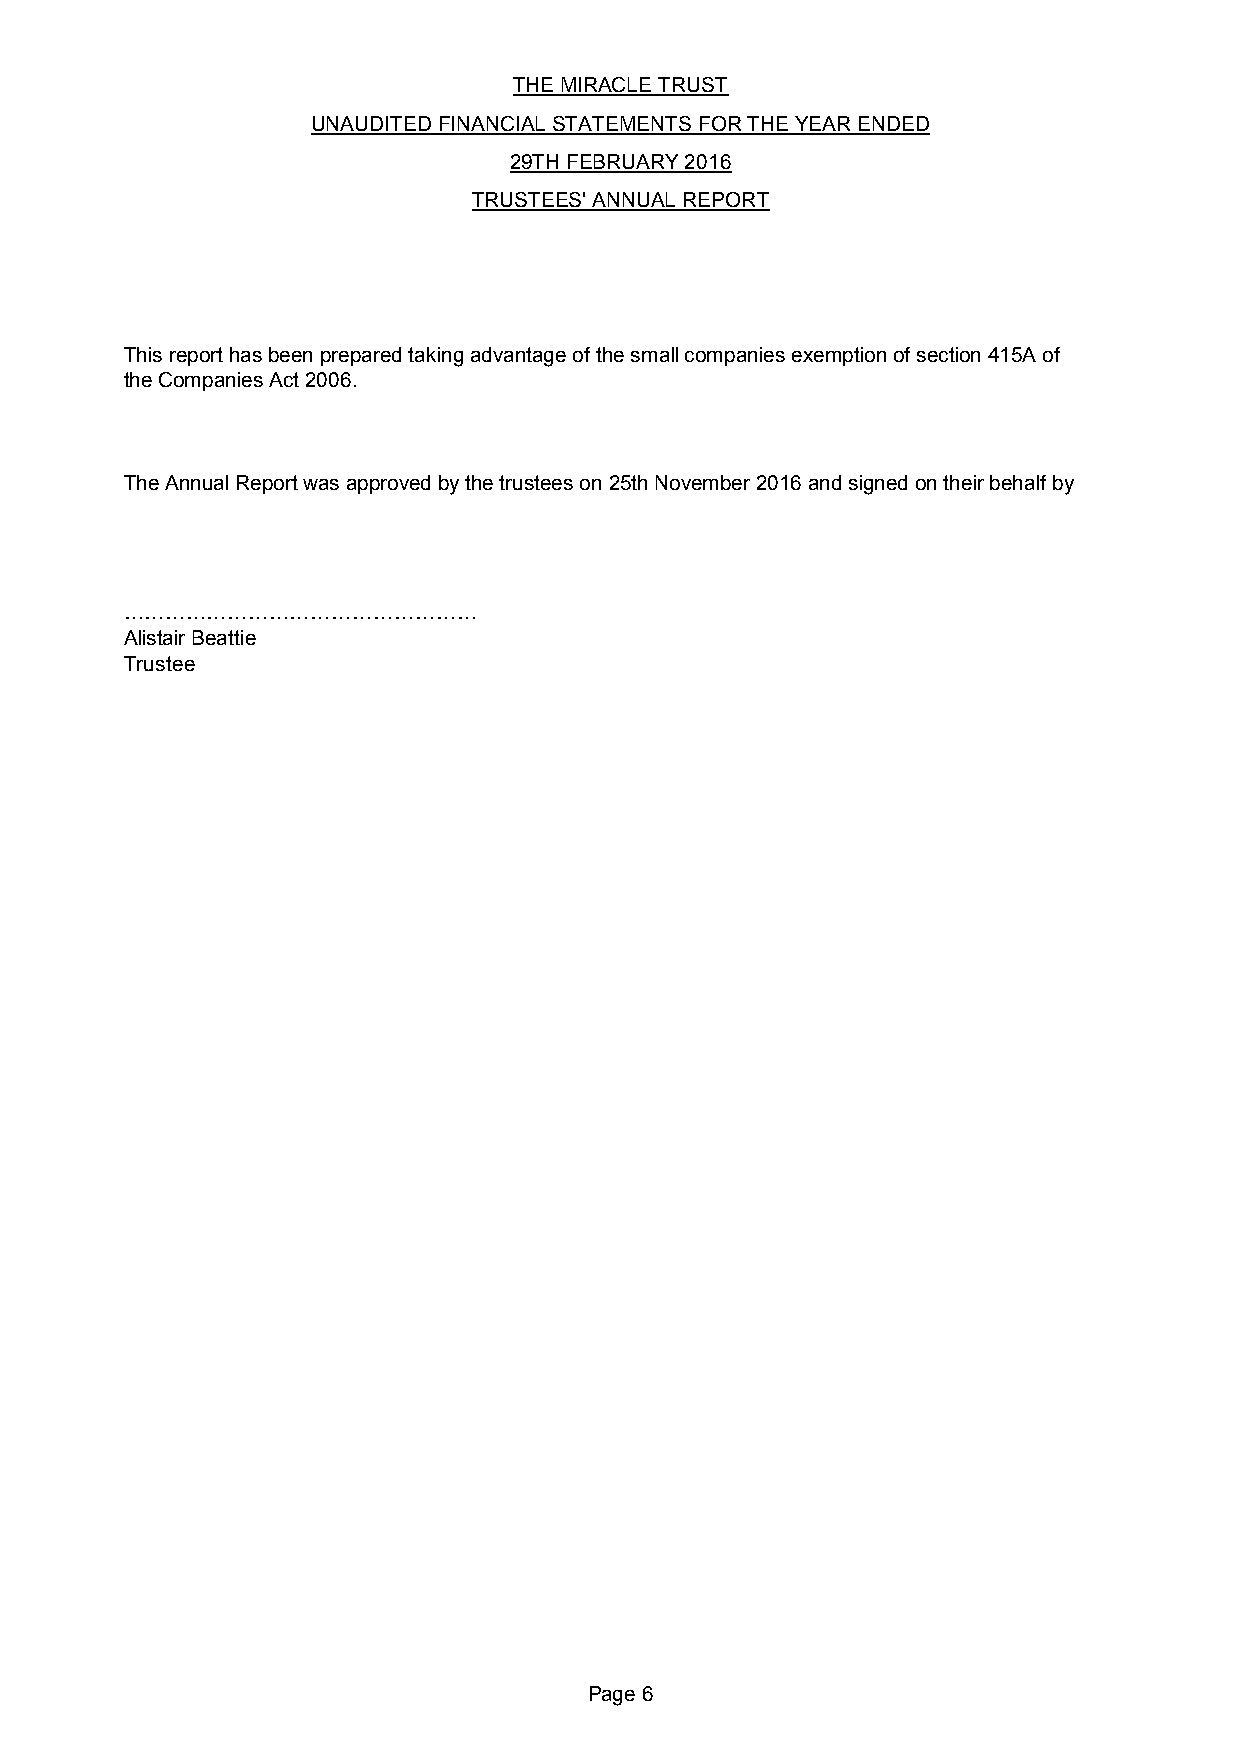
THE MIRACLE TRUST
 UNAUDITED FINANCIAL STATEMENTS FOR THE YEAR ENDED
 29TH FEBRUARY 2016
 TRUSTEES' ANNUAL REPORT
 This report has been prepared taking advantage of the small companies exemption of section 415A of
 the Companies Act 2006.
 The Annual Report was approved by the trustees on 25th November 2016 and signed on their behalf by
 OOOOOOOOOOOOOOOOO
 Alistair Beattie
 Trustee
 Page 6